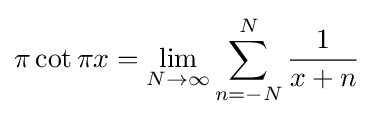
\pi \cot \pi x=\lim _{N\to \infty }\sum _{n=-N}^{N}{\frac {1}{x+n}}